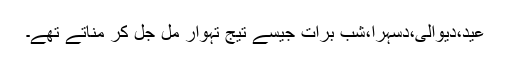
عید،دیوالی،دسہرا،شبِ برات جیسے تیج تہوار مل جل کر مناتے تھے۔